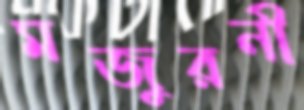
মজুরনী